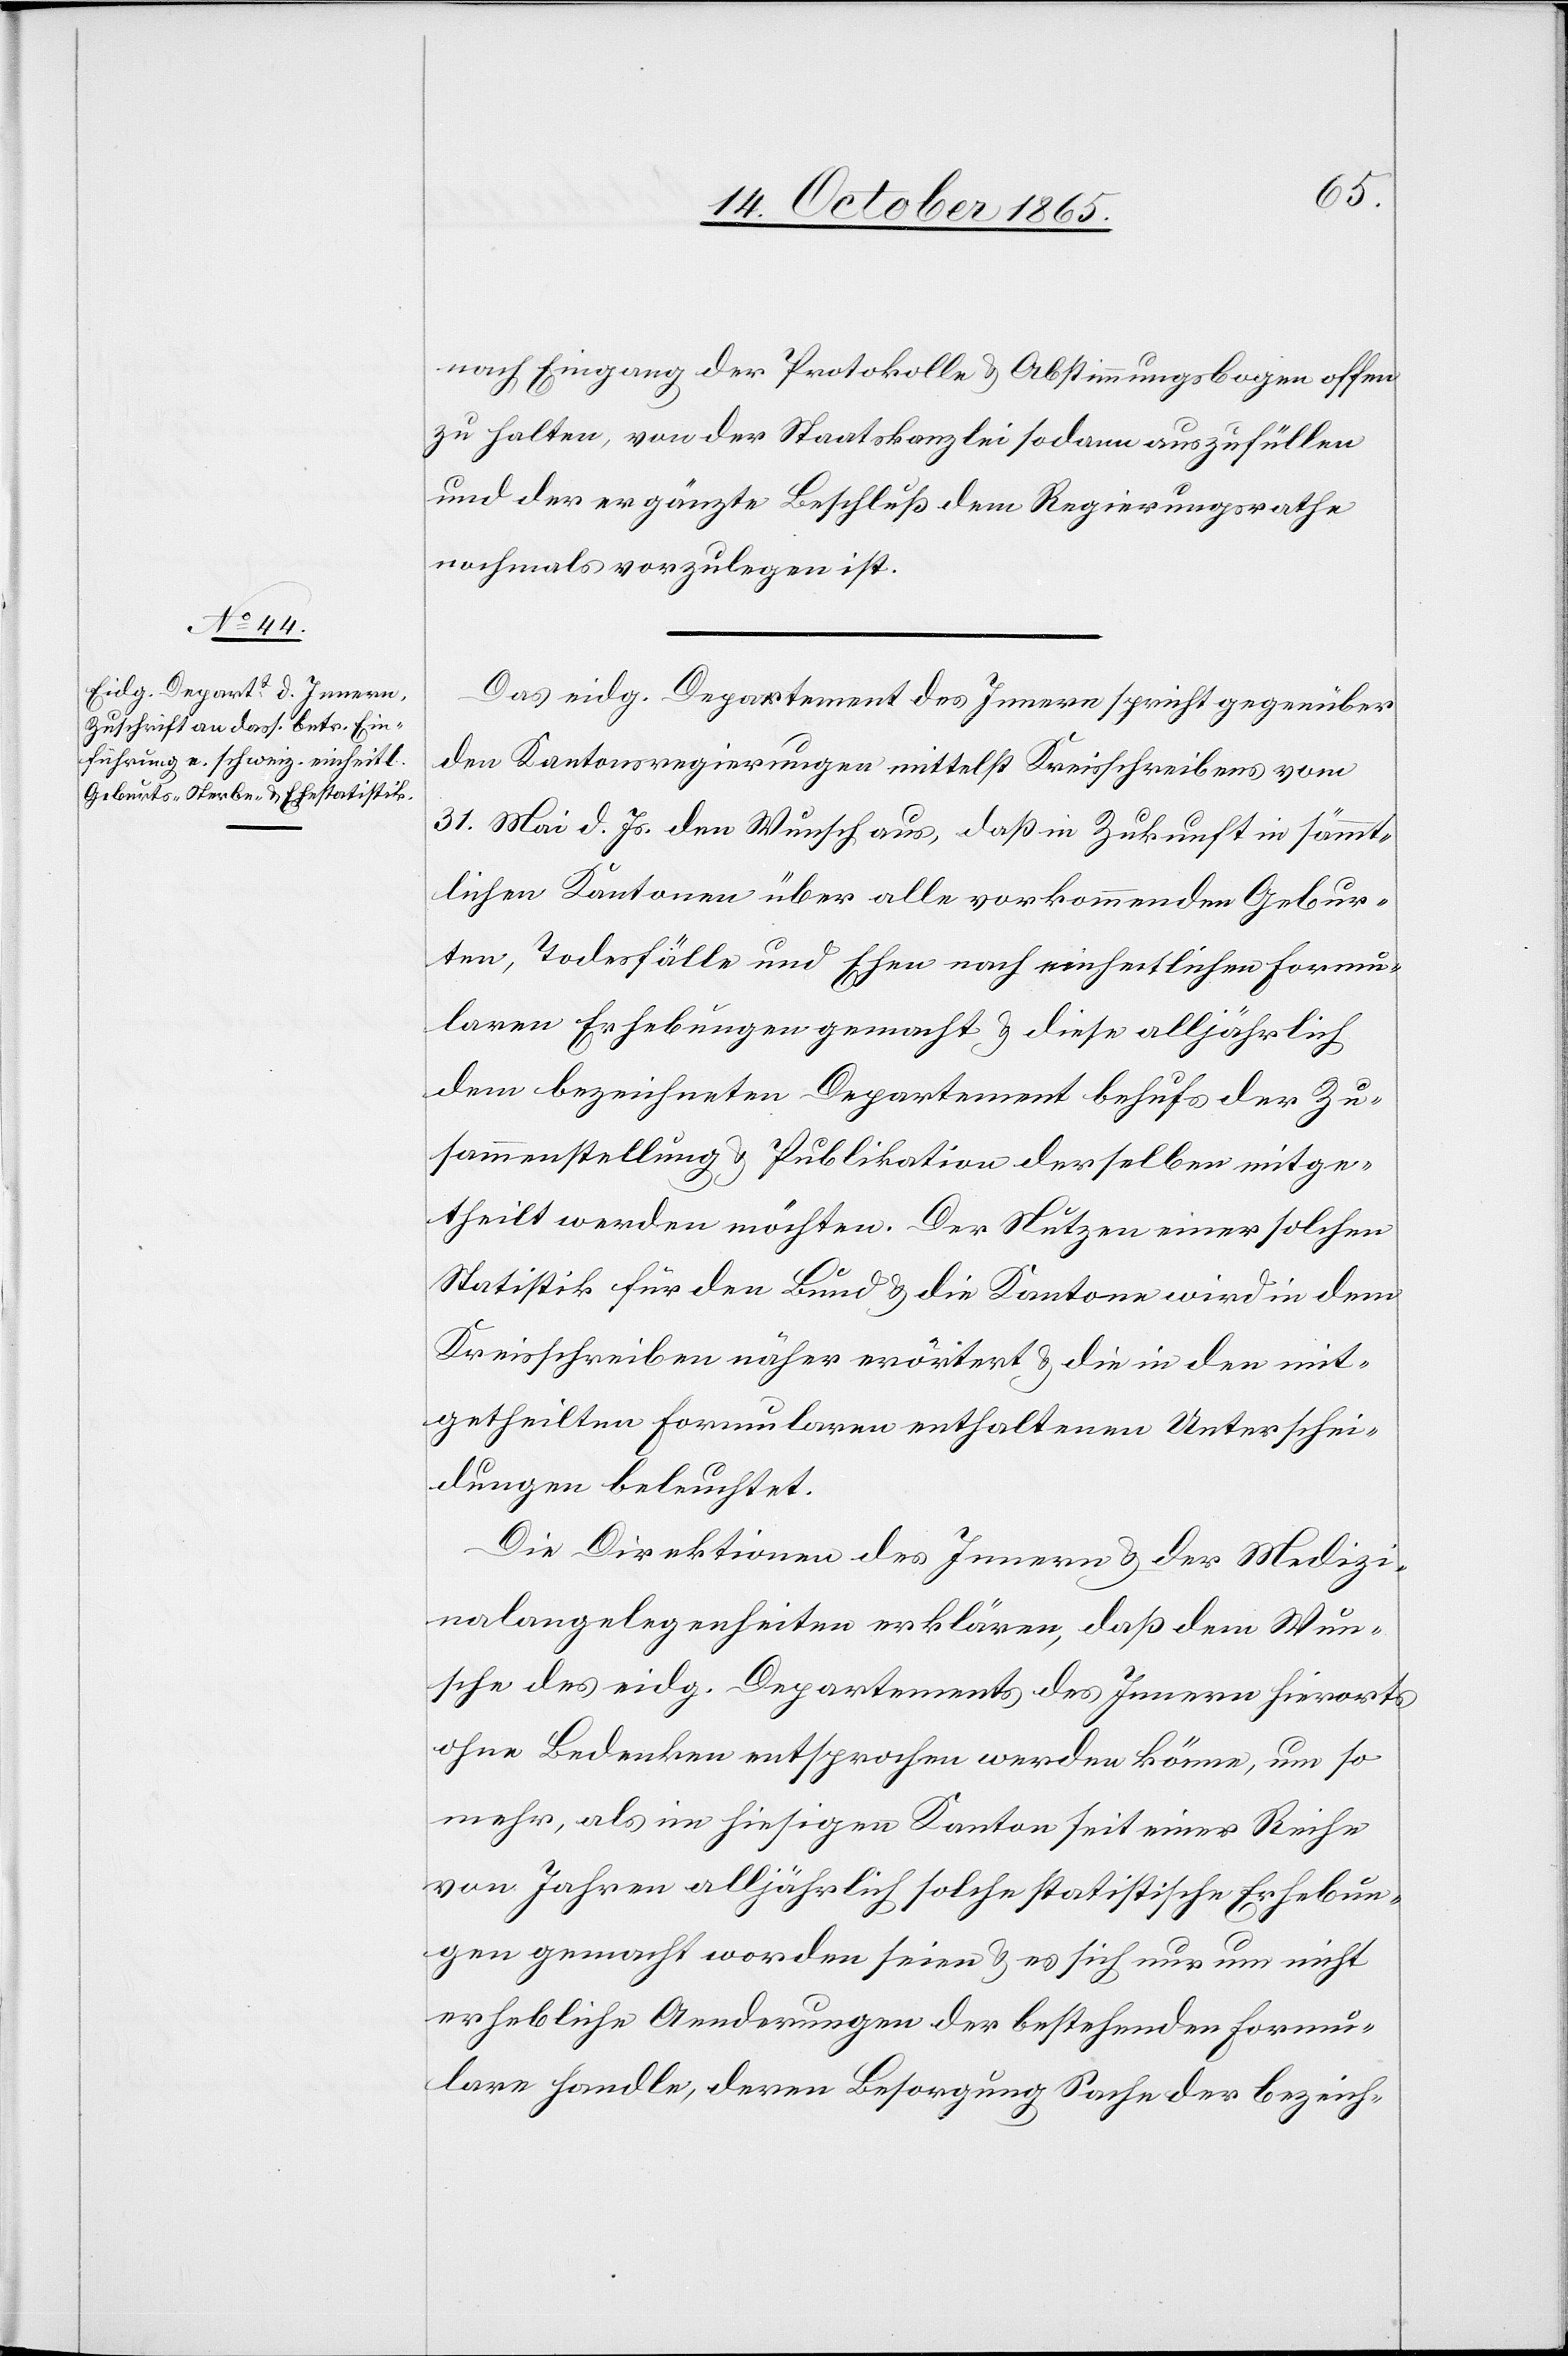
nach Eingang der Protokolle & Abstimmungsbogen offen
zu halten, von der Staatskanzlei sodann auszufüllen
und der ergänzte Beschluß dem Regierungsrathe
nochmals vorzulegen ist.
Das eidg. Departement des Innern spricht gegenüber
den Kantonsregierungen mittelst Kreisschreiben vom
31. Mai d. Js. den Wunsch aus, daß in Zukunft in sämmt¬
lichen Kantonen über alle vorkommenden Gebur¬
ten, Todesfälle und Ehen nach einheitlichen Formu¬
laren Erhebungen gemacht & diese alljährlich
dem bezeichneten Departement behufs der Zu¬
sammenstellung & Publikation derselben mitge¬
theilt werden möchten. Der Nutzen einer solchen
Statistik für den Bund & die Kantone wird in dem
Kreisschreiben näher erörtert & die in den mit¬
getheilten Formularen enthaltenen Unterschei¬
dungen beleuchtet.
Die Direktionen des Innern & der Medizi¬
nalangelegenheiten erklären, daß dem Wun¬
sche des eidg. Departements des Innern hierorts
ohne Bedenken entsprochen werden könne, um so
mehr, als im hiesigen Kanton seit einer Reihe
von Jahren alljährlich solche statistischen Erhebun¬
gen gemacht worden seien & es sich nur um nicht
erhebliche Aenderungen der bestehenden Formu¬
laren handle, deren Besorgung Sache der bezeich-